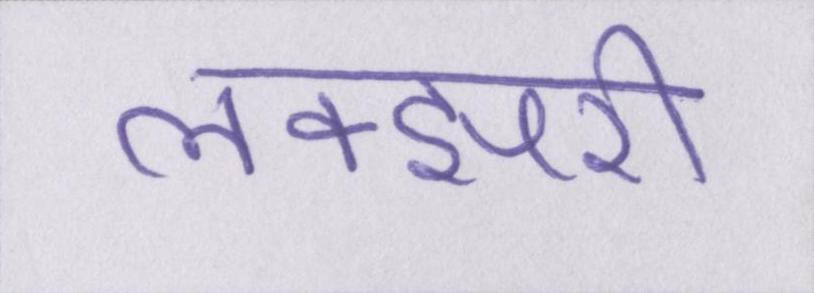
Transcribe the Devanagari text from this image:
लक्झरी